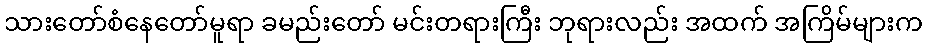
သားတော်စံနေတော်မူရာ ခမည်းတော် မင်းတရားကြီး ဘုရားလည်း အထက် အကြိမ်များက